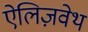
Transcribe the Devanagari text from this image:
ऐलिज़वेथ